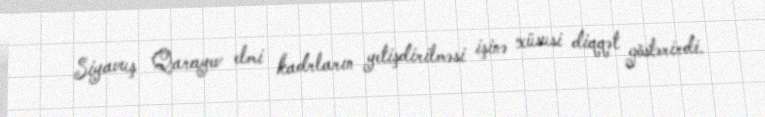
Siyavuş Qarayev elmi kadrların yetişdirilməsi işinə xüsusi diqqət göstərirdi.